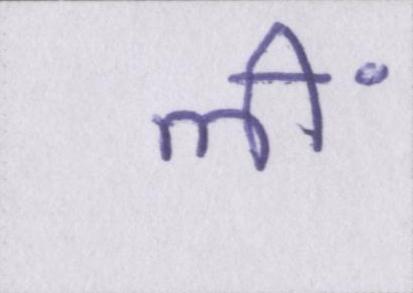
लीं